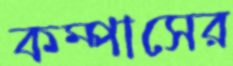
কম্পাসের